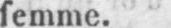
femme.